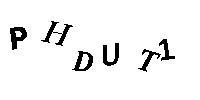
PHDUT1